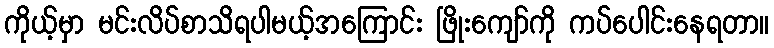
ကိုယ့်မှာ မင်းလိပ်စာသိရပါမယ့်အကြောင်း ဖြိုးကျော်ကို ကပ်ပေါင်းနေရတာ။